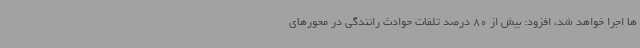
ها اجرا خواهد شد، افزود: بیش از 80 درصد تلفات حوادث رانندگی در محورهای